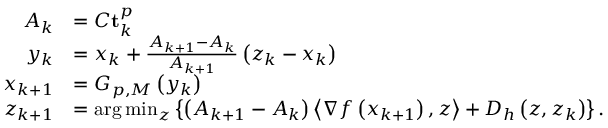
\begin{array} { r l } { A _ { k } } & { = C \mathbf { t } _ { k } ^ { p } } \\ { y _ { k } } & { = x _ { k } + \frac { A _ { k + 1 } - A _ { k } } { A _ { k + 1 } } \left( z _ { k } - x _ { k } \right) } \\ { x _ { k + 1 } } & { = G _ { p , M } \left( y _ { k } \right) } \\ { z _ { k + 1 } } & { = \arg \operatorname* { m i n } _ { z } \left\{ \left( A _ { k + 1 } - A _ { k } \right) \left\langle \nabla f \left( x _ { k + 1 } \right) , z \right\rangle + D _ { h } \left( z , z _ { k } \right) \right\} . } \end{array}